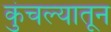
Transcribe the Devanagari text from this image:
कुंचल्यातून